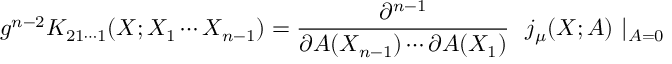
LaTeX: g ^ { n - 2 } K _ { 2 1 \cdots 1 } ( X ; X _ { 1 } \cdots X _ { n - 1 } ) = { \frac { \partial ^ { n - 1 } } { \partial A ( X _ { n - 1 } ) \cdots \partial A ( X _ { 1 } ) } } \ \ j _ { \mu } ( X ; A ) \ \vert _ { A = 0 }